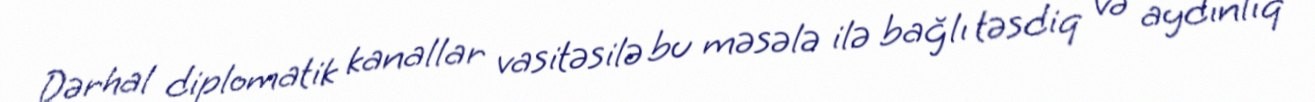
Dərhal diplomatik kanallar vasitəsilə bu məsələ ilə bağlı təsdiq və aydınlıq